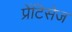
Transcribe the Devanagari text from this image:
प्रेंटिसेज